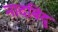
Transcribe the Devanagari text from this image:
नादबिंदु